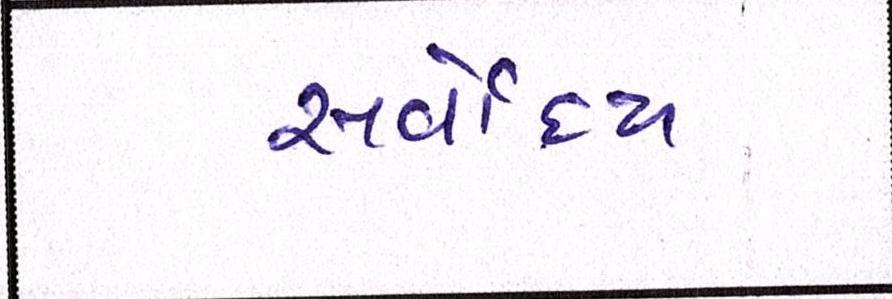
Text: સર્વોદય